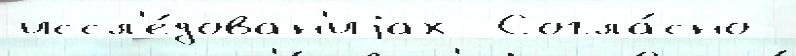
иссл'е́дован'иjах  Согла́сно